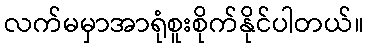
လက်မမှာအာရုံစူးစိုက်နိုင်ပါတယ်။